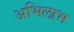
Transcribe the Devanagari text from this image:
अभिलाभ